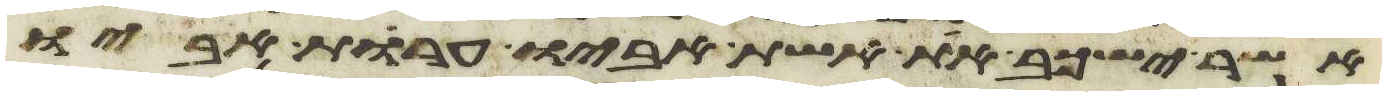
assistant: אשר ישכב את אשת אביו ערות אביו